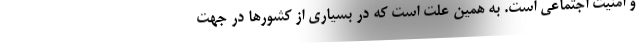
و امنیت اجتماعی است. به همین علت است که در بسیاری از کشورها در جهت